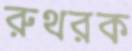
রুথরক